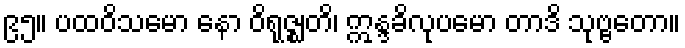
၉၅။ ပထဝိသမော နော ဝိရုဇ္ဈတိ၊ ဣန္ဒခိလုပမော တာဒိ သုဗ္ဗတော။